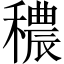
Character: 穠